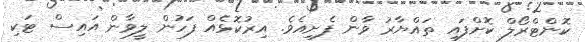
ކޮންޓްރޯލް ކޮށްފައި ތައްޔާރު ވާން ފެށިއެވެ. އިރުކޮޅެއް ފަހުން ލީވާން އައިސް ޓަކި